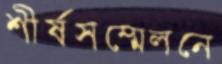
শীর্ষসম্মেলনে